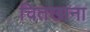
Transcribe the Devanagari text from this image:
चितखाना